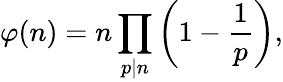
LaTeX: \varphi(n)=n\prod_{p\mid n}\left(1-{\frac{1}{p}}\right),